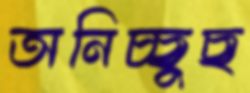
অনিচ্ছুছ